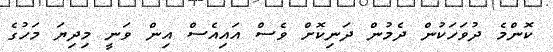
ކޮންމެ ދުވަހަކުން ދެމުން ދަނިކޮށް ވެސް އައިއެސް އިން ވަނީ މިދިޔަ މަހުގެ